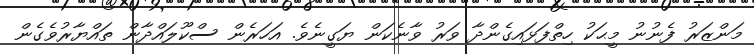
މަންޒަރު ފެނުނު މީޙަކު ހިތްފަޅައިގެންދާ ވަރު ވާނެކަން ޔަގީނެވެ. އަހަރެން ސްކޫލައްދާން ތައްޔާރުވެގެން